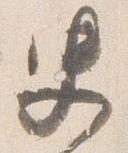
史